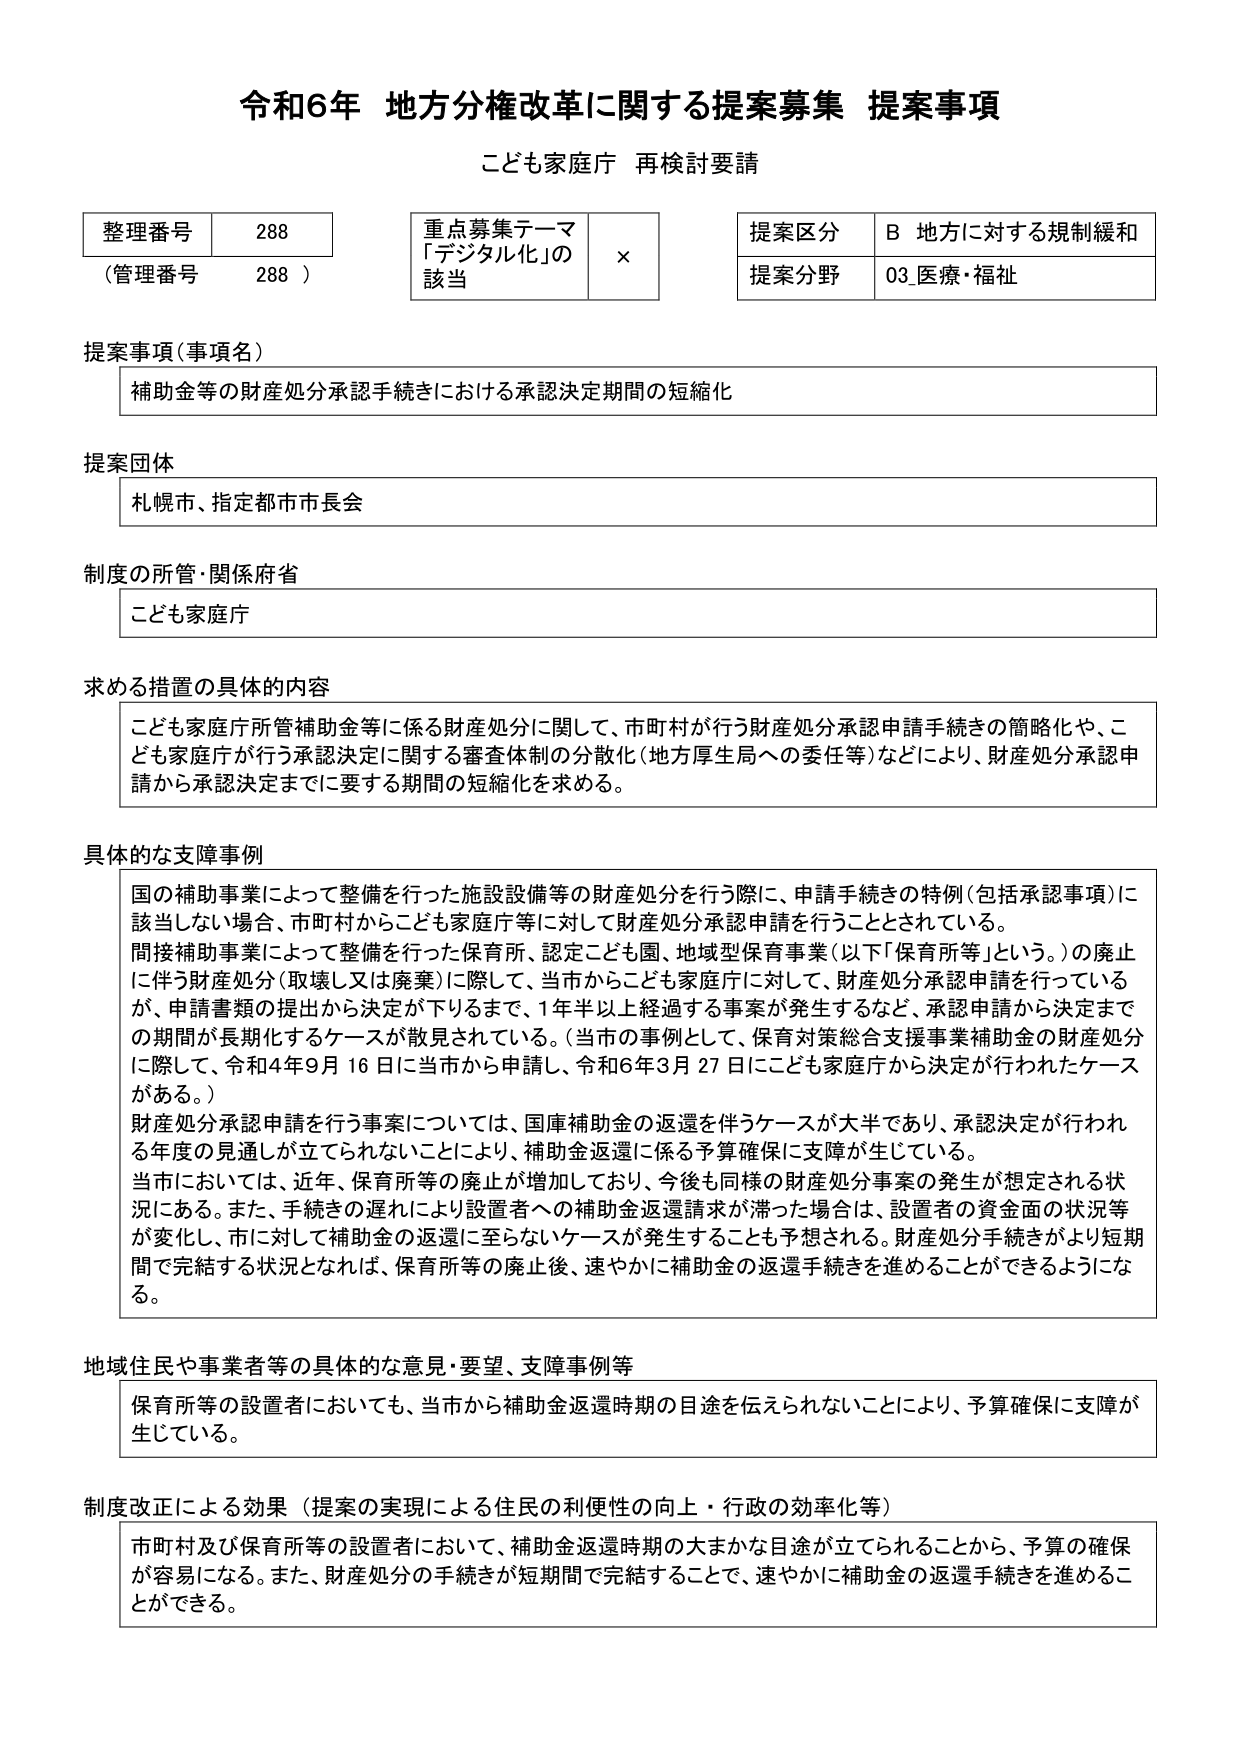
令和6年 地方分権改革に関する提案募集 提案事項
こども家庭庁 再検討要請

整理番号 288
（管理番号 288）

重点募集テーマ
「デジタル化」の
該当 ×

提案区分 B 地方に対する規制緩和
提案分野 03 医療・福祉

提案事項（事項名）
補助金等の財産処分承認手続きにおける承認決定期間の短縮化

提案団体
札幌市、指定都市市長会

制度の所管・関係府省
こども家庭庁

求める措置の具体的内容
こども家庭庁所管補助金等に係る財産処分に関して、市町村が行う財産処分承認申請手続きの簡略化や、こども家庭庁が行う承認決定に関する審査体制の分散化（地方厚生局への委任等）などにより、財産処分承認申請から承認決定までに要する期間の短縮化を求める。

具体的な支障事例
国の補助事業によって整備を行った施設設備等の財産処分を行う際に、申請手続きの特例（包括承認事項）に該当しない場合、市町村からこども家庭庁等に対して財産処分承認申請を行うこととされている。
間接補助事業によって整備を行った保育所、認定こども園、地域型保育事業（以下「保育所等」という。）の廃止に伴う財産処分（取壊し又は廃棄）に際して、当市からこども家庭庁に対して、財産処分承認申請を行っているが、申請書類の提出から決定が下りるまで、1年半以上経過する事案が発生するなど、承認申請から決定までの期間が長期化するケースが散見されている。（当市の事例として、保育対策総合支援事業補助金の財産処分に際して、令和4年9月16日に当市から申請し、令和6年3月27日にこども家庭庁から決定が行われたケースがある。）
財産処分承認申請を行う事案については、国庫補助金の返還を伴うケースが大半であり、承認決定が行われる年度の見通しが立てられないことにより、補助金返還に係る予算確保に支障が生じている。
当市においては、近年、保育所等の廃止が増加しており、今後も同様の財産処分事案の発生が想定される状況にある。また、手続きの遅れにより設置者への補助金返還請求が滞った場合は、設置者の資金面の状況等が変化し、市に対して補助金の返還に至らないケースが発生することも予想される。財産処分手続きがより短期間で完結する状況となれば、保育所等の廃止後、速やかに補助金の返還手続きを進めることができるようになる。

地域住民や事業者等の具体的な意見・要望、支障事例等
保育所等の設置者においても、当市から補助金返還時期の目途を伝えられないことにより、予算確保に支障が生じている。

制度改正による効果（提案の実現による住民の利便性の向上・行政の効率化等）
市町村及び保育所等の設置者において、補助金返還時期の大まかな目途が立てられることから、予算の確保が容易になる。また、財産処分の手続きが短期間で完結することで、速やかに補助金の返還手続きを進めることができる。